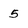
Character: 5